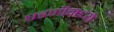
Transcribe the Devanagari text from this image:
घडणीमध्ये